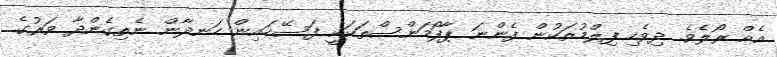
އެއް ރޯލެވެ. ދިވެހި ފިލްމުތަކުން ފެންނަ ޕާފޯމަންސްތަކަކީ ފަސޭހައިން ހަނދާން ނެތިގެންދާ ވަރުގެ